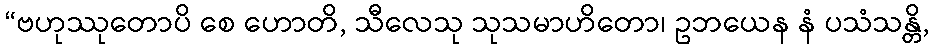
“ဗဟုဿုတောပိ စေ ဟောတိ, သီလေသု သုသမာဟိတော၊ ဥဘယေန နံ ပသံသန္တိ,